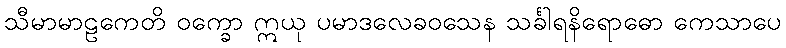
သီမာမာဠကေတိ ဝက္ခော ဣယု ပမာဒလေခဝသေန သင်္ခါရနိရောဓော ကေသာပေ